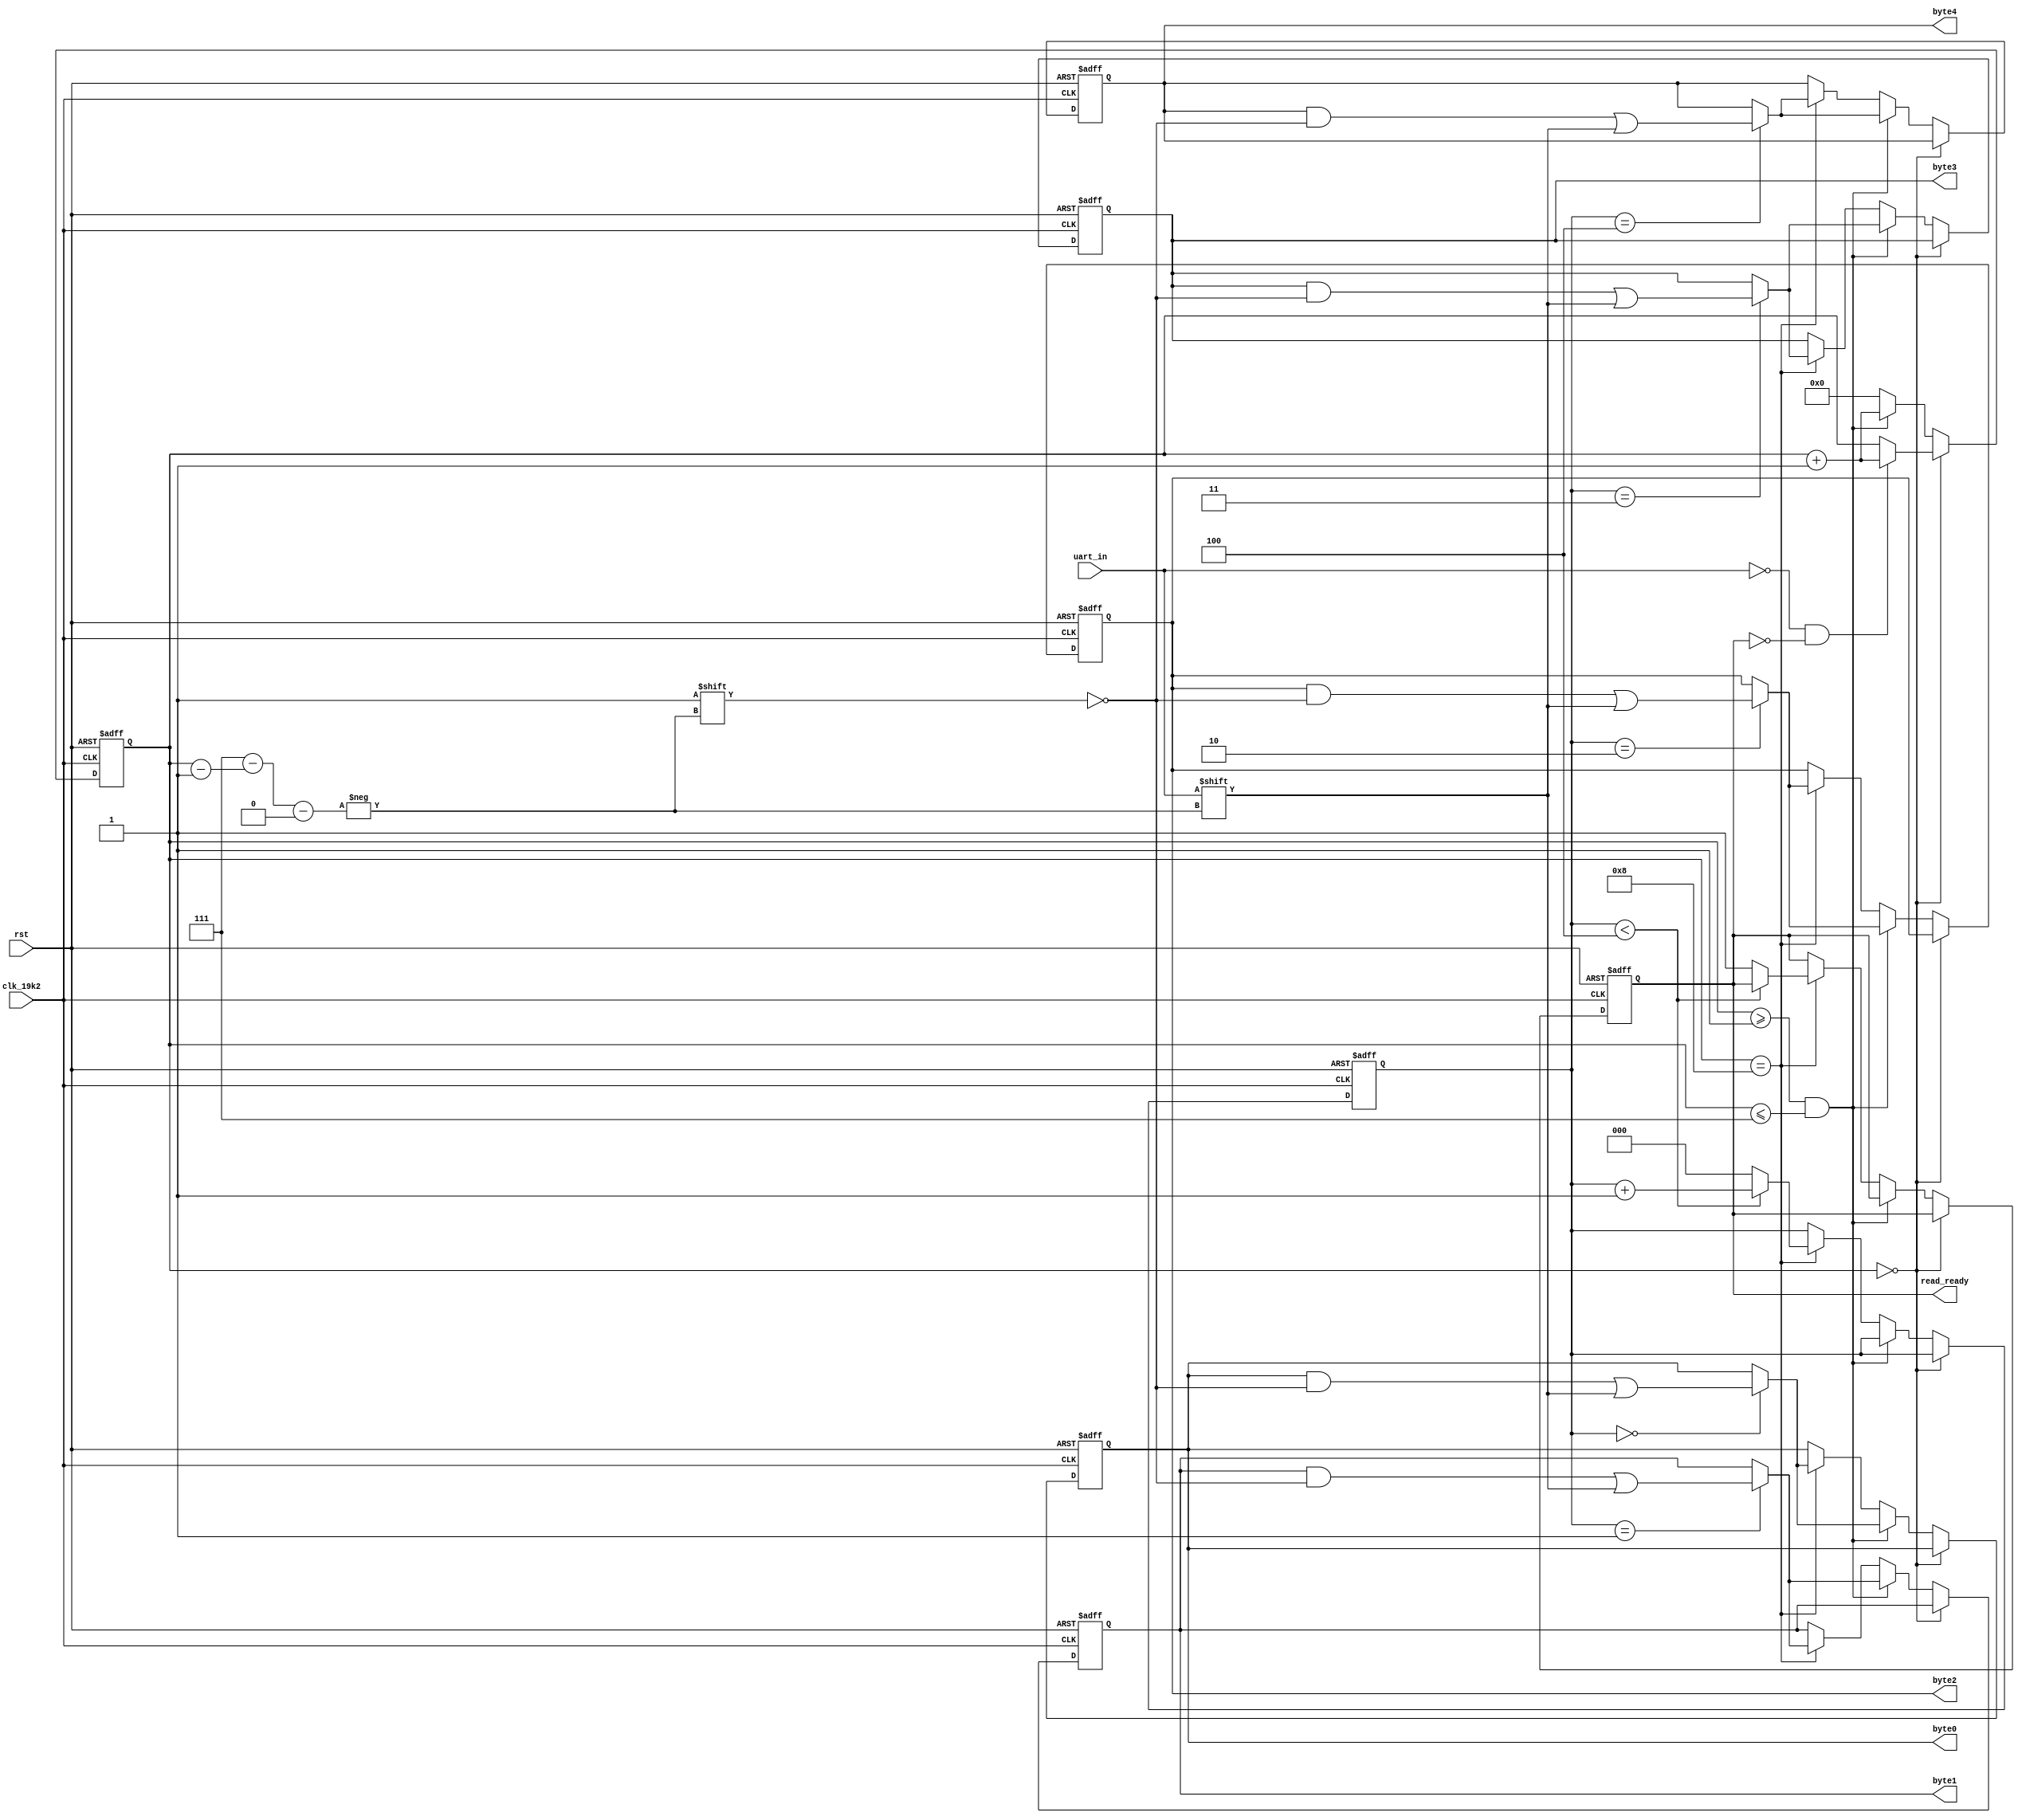
`timescale 1ns / 1ps
//////////////////////////////////////////////////////////////////////////////////
// Company: BU
// 
// Design Name: 19.2KHz 5-byte 8-n-1 UART Receiver
// Module Name:    uart_rx 
// Project Name: 
// Target Devices: Xilinx Spartan 6
// Revision: 
// Revision 0.01 - File Created
//////////////////////////////////////////////////////////////////////////////////
module uart_rx(
    input uart_in,
    input clk_19k2,
    input rst,
	 output reg read_ready,
    output reg [7:0] byte0,
	 output reg [7:0] byte1,
	 output reg [7:0] byte2,
	 output reg [7:0] byte3,
	 output reg [7:0] byte4
    );
	 
	 reg [7:0] out_byte [0:4];
	
	//Keep track of UART RX Position
	reg [3:0] uart_state;
	//Keep track of which byte to fill:
	reg [2:0] byte_state;
	
	always @(posedge clk_19k2 or posedge rst) begin
		if (rst) begin
			out_byte[0] <= 8'b00000000;
			out_byte[1] <= 8'b00000000;
			out_byte[2] <= 8'b00000000;
			out_byte[3] <= 8'b00000000;
			out_byte[4] <= 8'b00000000;
			uart_state <= 4'b0000;
			byte_state <= 3'b000;
			read_ready <= 0;
		end else begin
			if (uart_state == 0) begin //if waiting for a start bit
				if ((uart_in == 0)&(read_ready == 0)) begin
					uart_state <= uart_state + 4'b0001; //if we get a start bit, listen for bit 0-7
				end
			end else if ((uart_state >= 4'b0001)&(uart_state <= 4'b0111)) begin
				out_byte[byte_state][4'b0111 - (uart_state - 4'b0001)] <= uart_in; //set the uart_state-1th bit of the current byte to the uart_in line
				uart_state <= uart_state + 4'b0001; //move to the next bit
			end else if (uart_state == 4'b1000) begin //if we're at bit 8, set that bit in the byte then reset
				out_byte[byte_state][4'b0111 - (uart_state - 4'b0001)] <= uart_in;
				uart_state <= 4'b0000;
				if (byte_state < 3'b100) begin
					byte_state <= byte_state + 3'b001;
				end else begin
				// necessarily, if byte_state is greater than byte 3, IE 4 or higher
				// and we're at bit 8, we're done with the last byte.
					byte_state <= 3'b000;
					read_ready <= 1;
				end
			end else begin
				uart_state <= 4'b0000; //if something else, reset to waiting.
			end
		end
	end //end always
	
	always @(out_byte[0]) begin
		byte0 = out_byte[0];
	end
	
	always @(out_byte[1]) begin
		byte1 = out_byte[1];
	end
	
	always @(out_byte[2]) begin
		byte2 = out_byte[2];
	end
	
	always @(out_byte[3]) begin
		byte3 = out_byte[3];
	end
	
	always @(out_byte[4]) begin
		byte4 = out_byte[4];
	end

endmodule